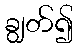
ချွတ်၍